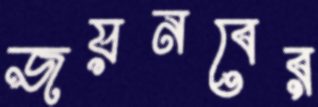
জয়নবের